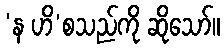
‘န ဟိ’စသည်ကို ဆိုသော်။